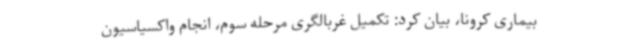
بیماری کرونا، بیان کرد: تکمیل غربالگری مرحله سوم، انجام واکسیاسیون